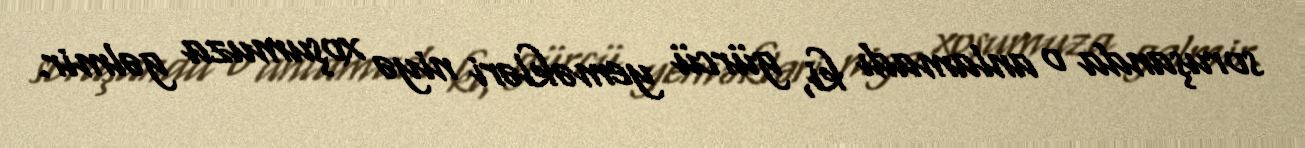
soruşanda o anlamadı ki, gürcü yeməkləri niyə xoşumuza gəlmir.